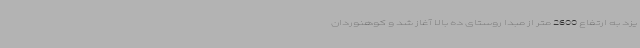
یزد به ارتفاع 2600 متر از مبدا روستای ده بالا آغاز شد و کوهنوردان